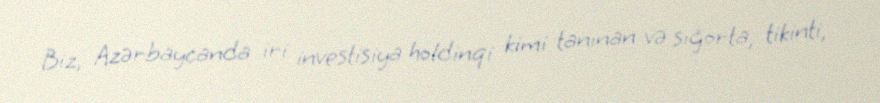
Biz, Azərbaycanda iri investisiya holdinqi kimi tanınan və sığorta, tikinti,